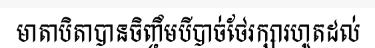
មាតាបិតាបានចិញ្ចឹមបីបាច់ថែរក្សារហូតដល់